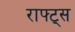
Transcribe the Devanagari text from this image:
राफ्ट्स